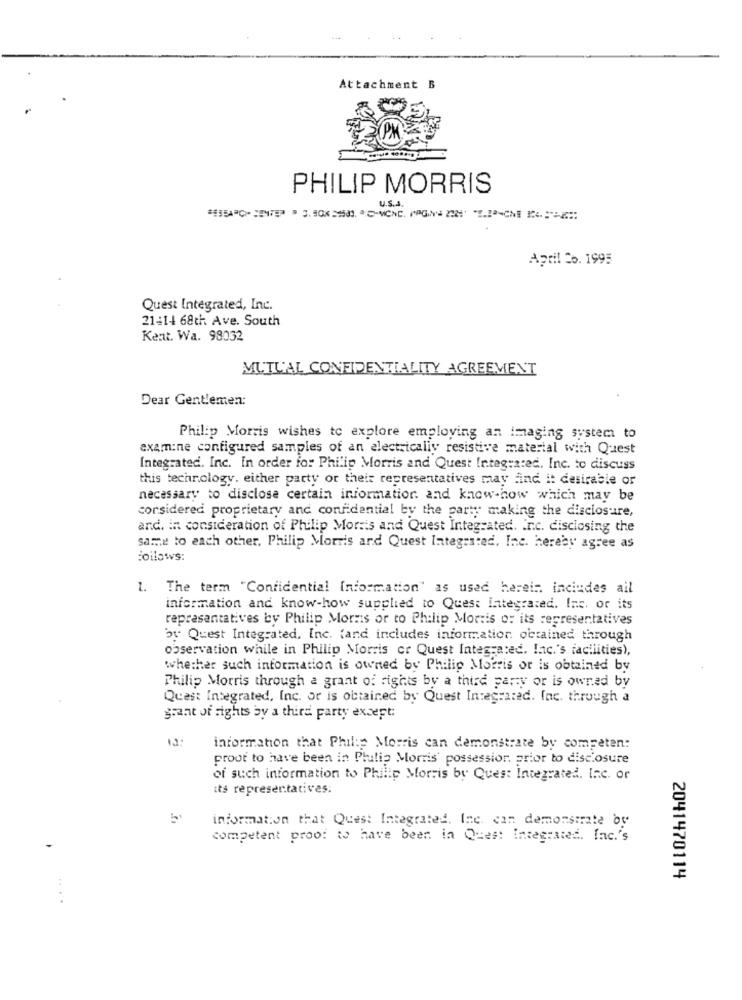
Attachment B
PHILIP MORRIS
US ...
April 26. 1995
Quest Integrated, Inc.
21414 68th Ave. South
Kent. Wa. 98032
MUTUAL CONFIDENTIALITY AGREEMENT
Dear Gentlemen:
Philip Morris wishes to explore employing an imaging system to
examine configured samples of an electrically resistive material with Quest
Integrated. Inc. In order for Philip Morris and Quest Integrated. Inc. to discuss
this technology. either party or their representatives may find it desirable or
necessary to disclose certain information. and know-how which may be
corsidered proprietary and confidential by the party making the disclosure,
and. in consideration of Philip Morris and Quest Integrated. Inc. disclosing the
same to each other. Philip Morris and Quest Integrated, Inc. hereby agree as
Follows:
1. The term "Confidential Information" as used herein. inciudes ail
information and know-how supplied to Quest integrated. Inc. or its
representatives by Philip Morris or to Philip Morris or its representatives
by Quest Integrated, Inc. (and includes information obtained through
observation while in Philip Morris or Quest Integrated. Inc.'s facilities),
whether such information is owned by Philip Morris or is obtained by
Philip Morris through a grant of rights by a third party or is owned by
Quest Integrated, Inc. or is obtained by Quest Integrated. Inc. through a
grant of sights by a third party except:
12:
information that Philip Morris can demonstrate by competen:
prout to have been in Philip Morris' possession, prior to disclosure
of such information to Philip Morris by Ques: Integrated. Inc. or
its representatives:
information that Quest Integrated, Inc. can demonstrate by
competent proof to have been in Quest Integrated. Inc.'s
2041470114